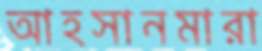
আহসানমারা